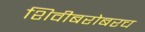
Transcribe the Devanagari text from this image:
शिवीबरोबरच